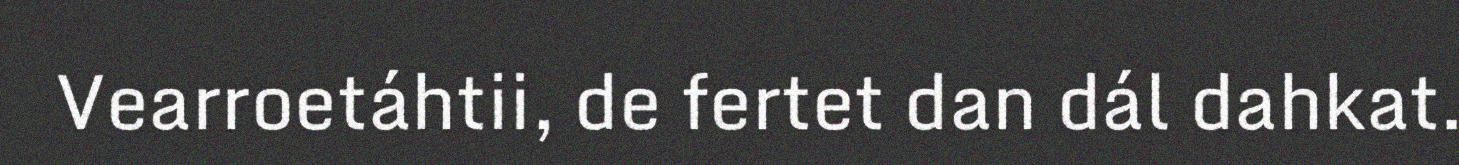
Vearroetáhtii, de fertet dan dál dahkat.